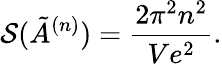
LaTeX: {\cal S}(\tilde{A}^{(n)})=\frac{2\pi^{2}n^{2}}{Ve^{2}}.